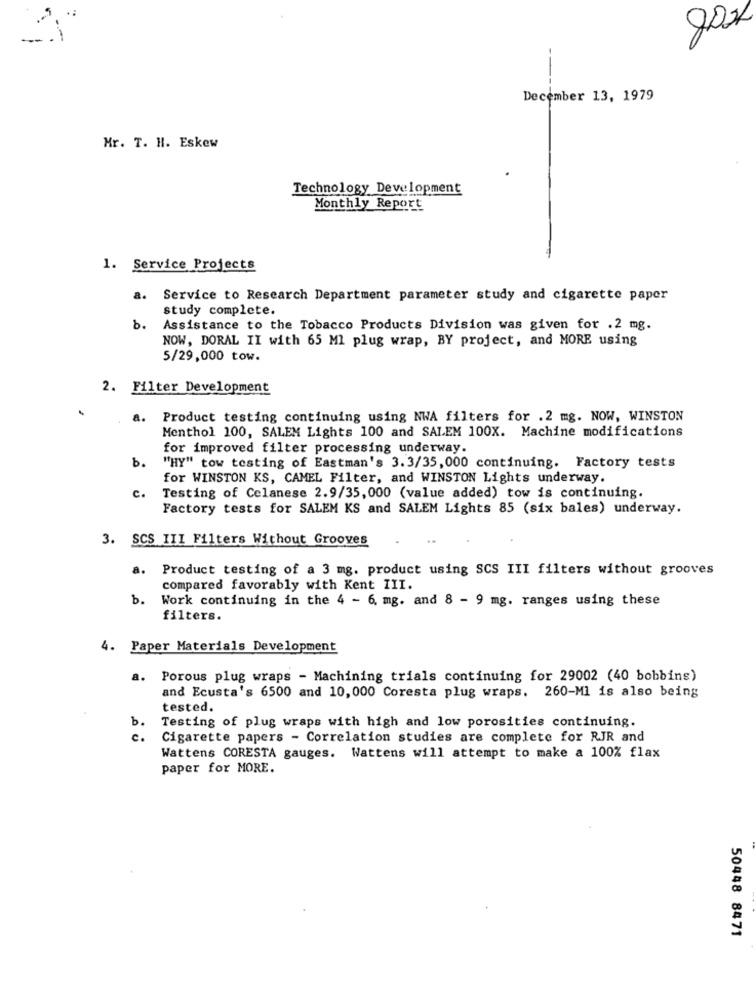
December 13, 1979
Mr. T. H. Eskew
Technology Development
Monthly Report
1. Service Projects
a. Service to Research Department parameter study and cigarette paper
study complete.
b.
Assistance to the Tobacco Products Division was given for .2 mg.
NOW, DORAL II with 65 Ml plug wrap, BY project, and MORE using
5/29,000 tow.
2. Filter Development
a.
Product testing continuing using NWA filters for .2 mg. NOW, WINSTON
Menthol 100, SALEM Lights 100 and SALEM 100X. Machine modifications
for improved filter processing underway.
b.
"HY" tow testing of Eastman's 3.3/35, 000 continuing. Factory tests
for WINSTON KS, CAMEL Filter, and WINSTON Lights underway.
c.
Testing of Celanese 2.9/35, 000 (value added) tow is continuing.
Factory tests for SALEM KS and SALEM Lights 85 (six bales) underway.
3. SCS III Filters Without Grooves
a.
Product testing of a 3 mg. product using SCS III filters without grooves
compared favorably with Kent III.
b.
Work continuing in the 4 - 6. mg. and 8 - 9 mg. ranges using these
filters.
4. Paper Materials Development
a.
Porous plug wraps - Machining trials continuing for 29002 (40 bobbins)
and Ecusta's 6500 and 10, 000 Coresta plug wraps. 260-MI is also being
tested.
b.
Testing of plug wraps with high and low porosities continuing.
c .
Cigarette papers - Correlation studies are complete for RJR and
Wattens CORESTA gauges. Wattens will attempt to make a 100% flax
paper for MORE.
50448 8471